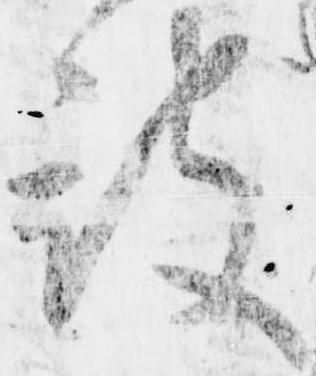
被